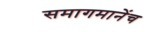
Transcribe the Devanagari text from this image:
समागमानेंच